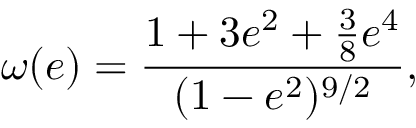
\omega ( e ) = \frac { 1 + 3 e ^ { 2 } + \frac { 3 } { 8 } e ^ { 4 } } { ( 1 - e ^ { 2 } ) ^ { 9 / 2 } } ,